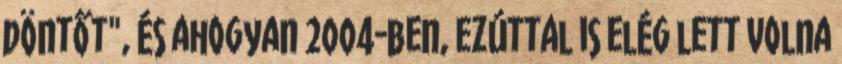
döntőt", és ahogyan 2004-ben, ezúttal is elég lett volna